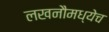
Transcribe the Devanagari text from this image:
लखनौमध्येच